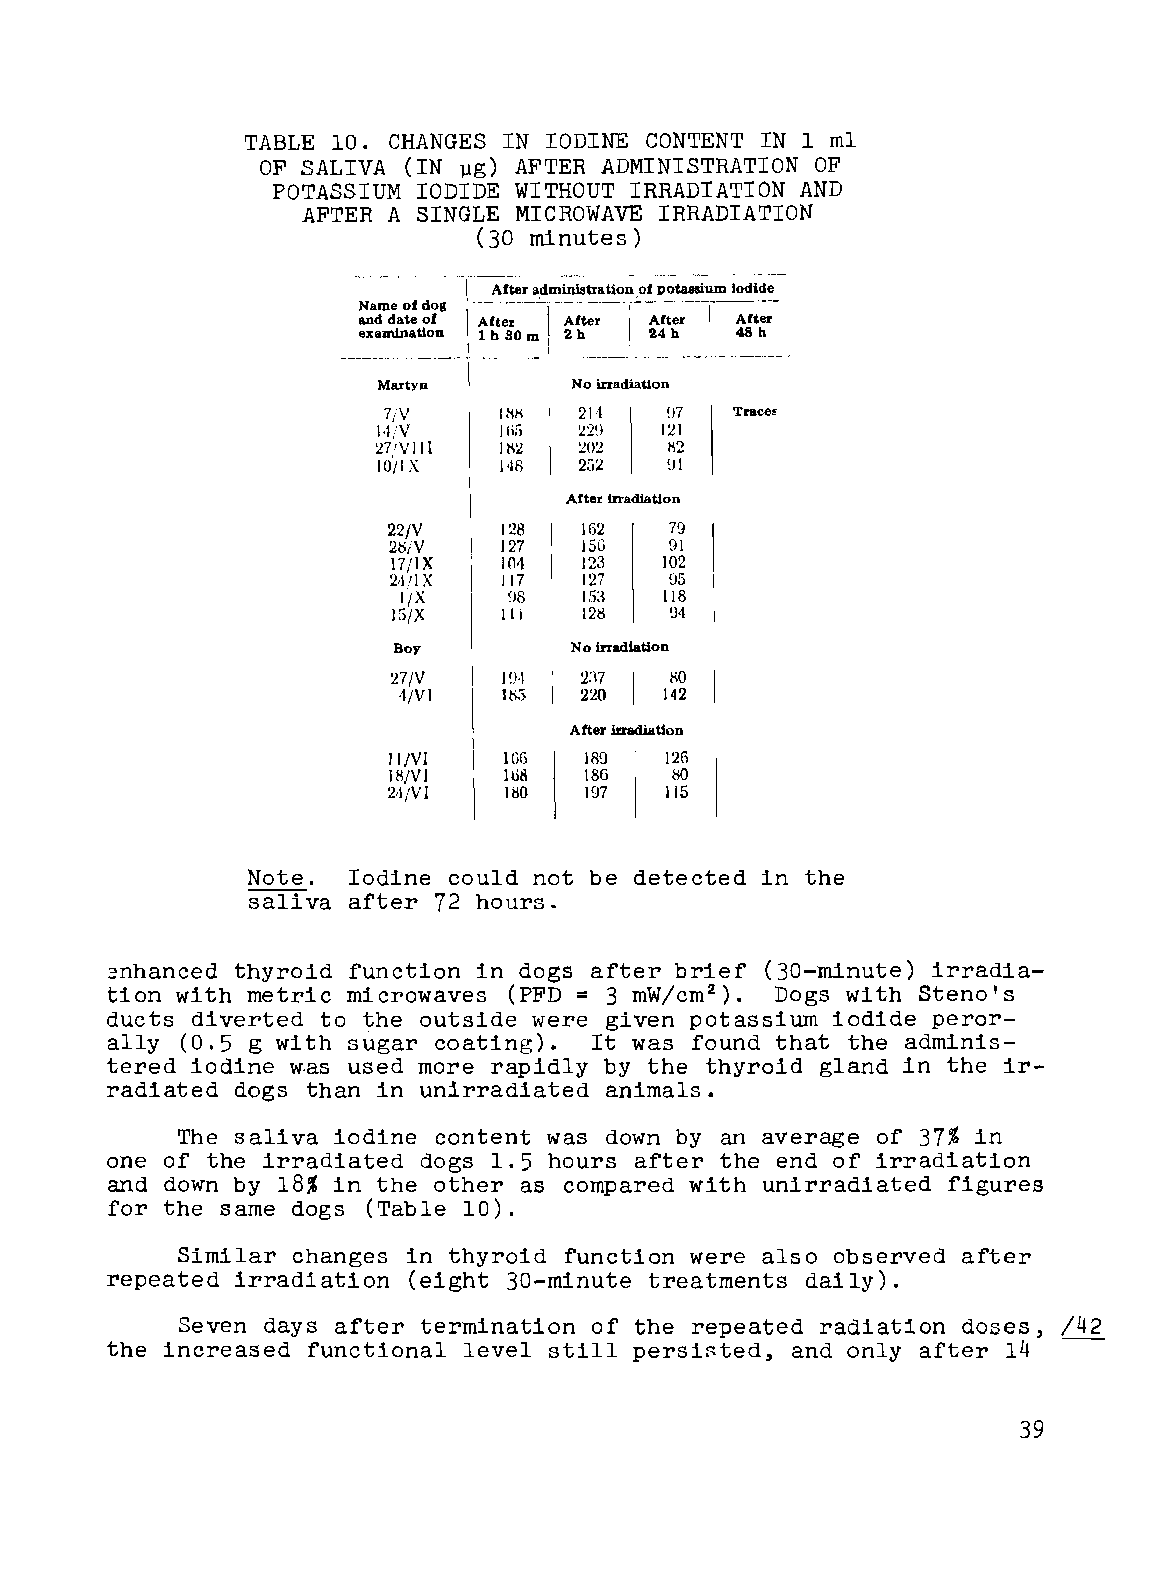
TABLE 10. CHANGES IN IODINE CONTENT IN 1 ml
 OF SALIVA (IN    AFTER ADMINISTRATION OF
 ~g)
 POTASSIUM IODIDE WITHOUT IRRADIATION AND
 AFTER A SINGLE MICROWAVE IRRADIATION
 (30 minutes)
 .-._- -,---­
 After administration.of potassium iodide
 Name of dOl!
 ·~~t~~---I-~;~-I-~;;er
 and date of
 examination ~~ ~ 1_~~_.._~4
 30         h
 Martyn       No irradiation
 7jV     lli/'l 211 !l7  Traces
 14/V    ]f;;, 22!) 121
 27/VIII 1112 202   112
 10/lX   148  252   :)1
 After irradiation
 22/V   128   162  79
 28/V   127   15G  91
 17/lX  104   123  102
 21f1X  117   127  tl5
 IjX    ~)8  153  118
 15/X   III   128  94
 Boy         No irradiation
 27/V   HJ1   2:\7 i«l
 1/V1  11\5  220  142
 After irradiation
 ll/VI  IG6   189  126
 18/V1  IliS  186   00
 24/V1  180   197  115
 Note.  Iodine could not be detected in the
 saliva after 72 hours.
 3nhanced thyroid function in dogs after brief (30-minute) irradia­
 tion with metric microwaves (PFD = 3 mW/cm2 ). Dogs with Steno's
 ducts diverted to the outside were given potassium iodide peror­
 ally (0.5 g with sugar coating). It was found that the adminis­
 tered iodine was used more rapidly by the thyroid gland in the ir­
 radiated dogs than in unirradiated animals.
 The saliva iodine content was down by an average of 37% in
 one of the irradiated dogs 1.5 hours after the end of irradiation
 and down by 18% in the other as compared with unirradiated figures
 for the same dogs (Table 10).
 Similar changes in thyroid function were also observed after
 repeated irradiation (eight 30-minute treatments daily).
 Seven days after termination of the repeated radiation doses, /42
 the increased functional level still persigted, and only after 14
 39